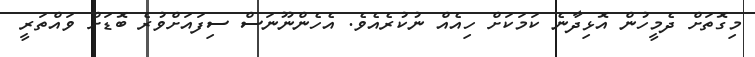
މިގޮތަށް ދެމީހުން އޮޅިދާނެ ކަމަކަށް ހިއެއް ނުކުރެއެވެ. އެހެންނޫނަސް ސިފައަށްވުރެ ބޮޑަށް ވައްތަރީ